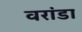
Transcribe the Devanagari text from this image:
वरांडा